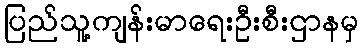
ပြည်သူ့ကျန်းမာရေးဦးစီးဌာနမှ